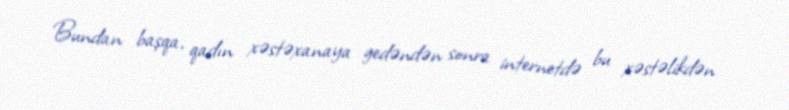
Bundan başqa, qadın xəstəxanaya gedəndən sonra internetdə bu xəstəlikdən